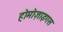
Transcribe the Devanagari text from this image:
होमोज़ाइगस